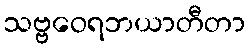
သဗ္ဗဝေရဘယာတီတာ